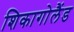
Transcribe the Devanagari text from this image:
शिकागोलैंड